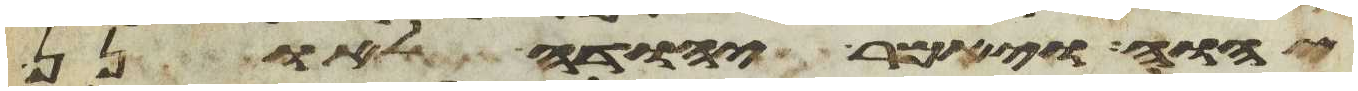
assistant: יהוה ויאמר יהודה לאונן